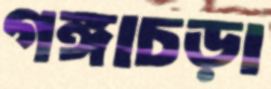
গঙ্গাচড়া